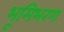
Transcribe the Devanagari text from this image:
भूमिभरण